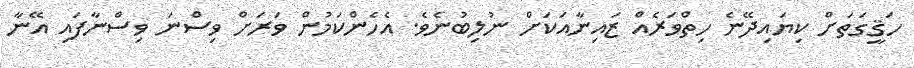
ހަޤީގަތަށް ކިޔައިދޭނެ ހިތްވަރެއް ޒައިނާއަކަށް ނުލިބުނެވެ. އެހެންކަމުން ވަރަށް ވިސްނަ ވިސްނާފައި އޭނާ